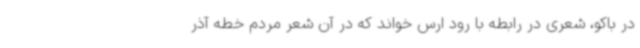
در باکو، شعری در رابطه با رود ارس خواند که در آن شعر مردم خطه آذر